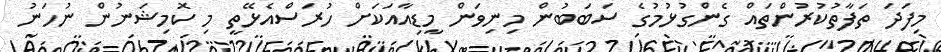
މިފަދަ ތަފާތުކުރުންތައް ގެންގުޅުމުގެ ސަބަބުން މިނިވަން މީޑިއާއަކަށް ހުރަސްއެޅޭތީ މި ކޮމިޝަނުން ނުހަނު